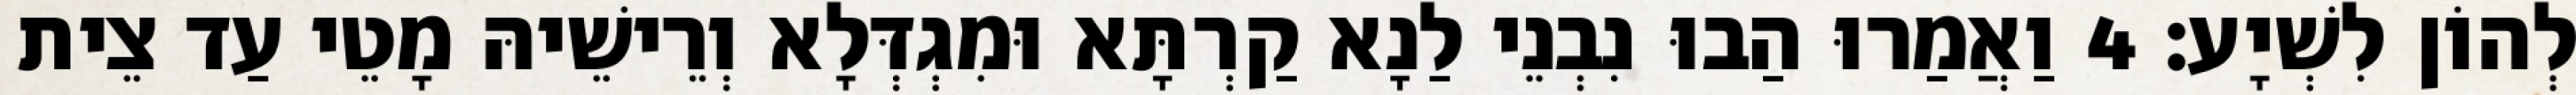
לְהוֹן לִשְׁיָע׃ 4 וַאֲמַרוּ הַבוּ נִבְנֵי לַנָא קַרְתָּא וּמִגְדְּלָא וְרֵישֵׁיהּ מָטֵי עַד צֵית